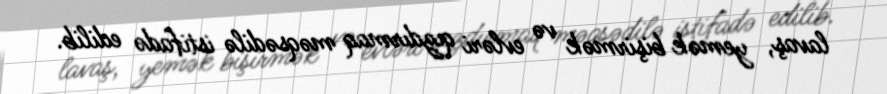
lavaş, yemək bişirmək və evləri qızdırmaq məqsədilə istifadə edilib.